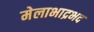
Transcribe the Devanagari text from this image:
मेलाभाद्रभद